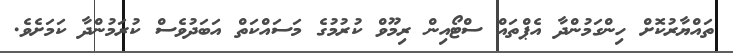
ތައްޔާރުކޮށް ހިންގަމުންދާ އެޕްތައް ސްޓޯއިން ރިމޫވް ކުރުމުގެ މަސައްކަތް އަބަދުވެސް ކުރަމުންދާ ކަމަށެވެ.